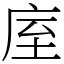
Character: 庢